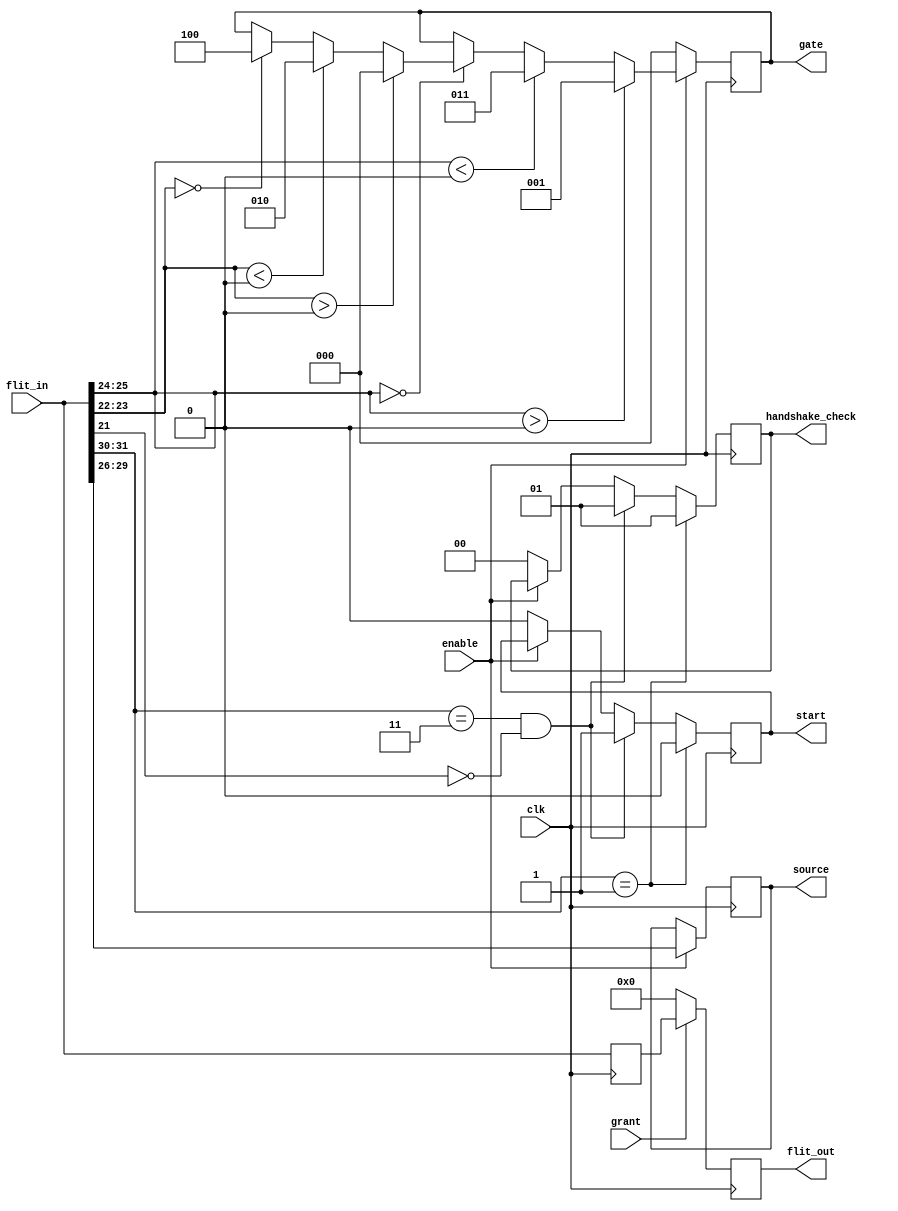
module pe2s #(parameter addr=4'b0000)(clk, enable, flit_in, grant, start, flit_out, source, gate, handshake_check);


input clk, enable;
input [31:0] flit_in;           //flit_in
input grant;                    //grant or not
output reg start;               //start "signal" block
output reg [31:0] flit_out;     //flit_out
output reg [3:0] source;        //source of flit
output reg [2:0] gate;          //gate of flit
output reg [1:0] handshake_check;   //0=body header tail, 1=seding handshake, 2=returing handshake


reg [31:0] temp;


always @(posedge clk) begin
    if(~enable) begin
        start <=0;
        flit_out <=0;
        gate <=0;
        handshake_check <=0;
    end
    else if(enable) begin
        // GATE
        source <= flit_in[29:26];
        if (flit_in[25:24] > addr[3:2]) // EAST  
                gate <= 3'b001;  
        else if (flit_in[25:24]< addr[3:2]) // WEST
                gate <= 3'b011;
        else if (flit_in[25:24]==addr[3:2])begin
            if( flit_in[23:22]> addr[1:0])     // NORTH
                    gate <= 3'b000;
            else if (flit_in[23:22]< addr[1:0]) //SOUTH
                    gate <= 3'b010;   
            else if( flit_in[23:22] == addr[1:0]) //PE                  
                    gate <= 3'b100;
            end     
        end
        
        // II. start, handshake_check
        //type flit = seding handshake
        if(flit_in[31:30] == 2'b11 && flit_in[21] == 1'b0) begin
            start<=1'b1;
            handshake_check <= 2'd1;
        end
        if( flit_in[31:30] == 2'b01  ) begin
            start <=1'b0;
            handshake_check <= 2'd1;   
                
        end
       
            

        // III. flit_out
        temp <= flit_in;
        if (grant == 1'b1 ) begin
            flit_out <= temp;
        end
        else 
            flit_out <= 32'b0;
 end
endmodule